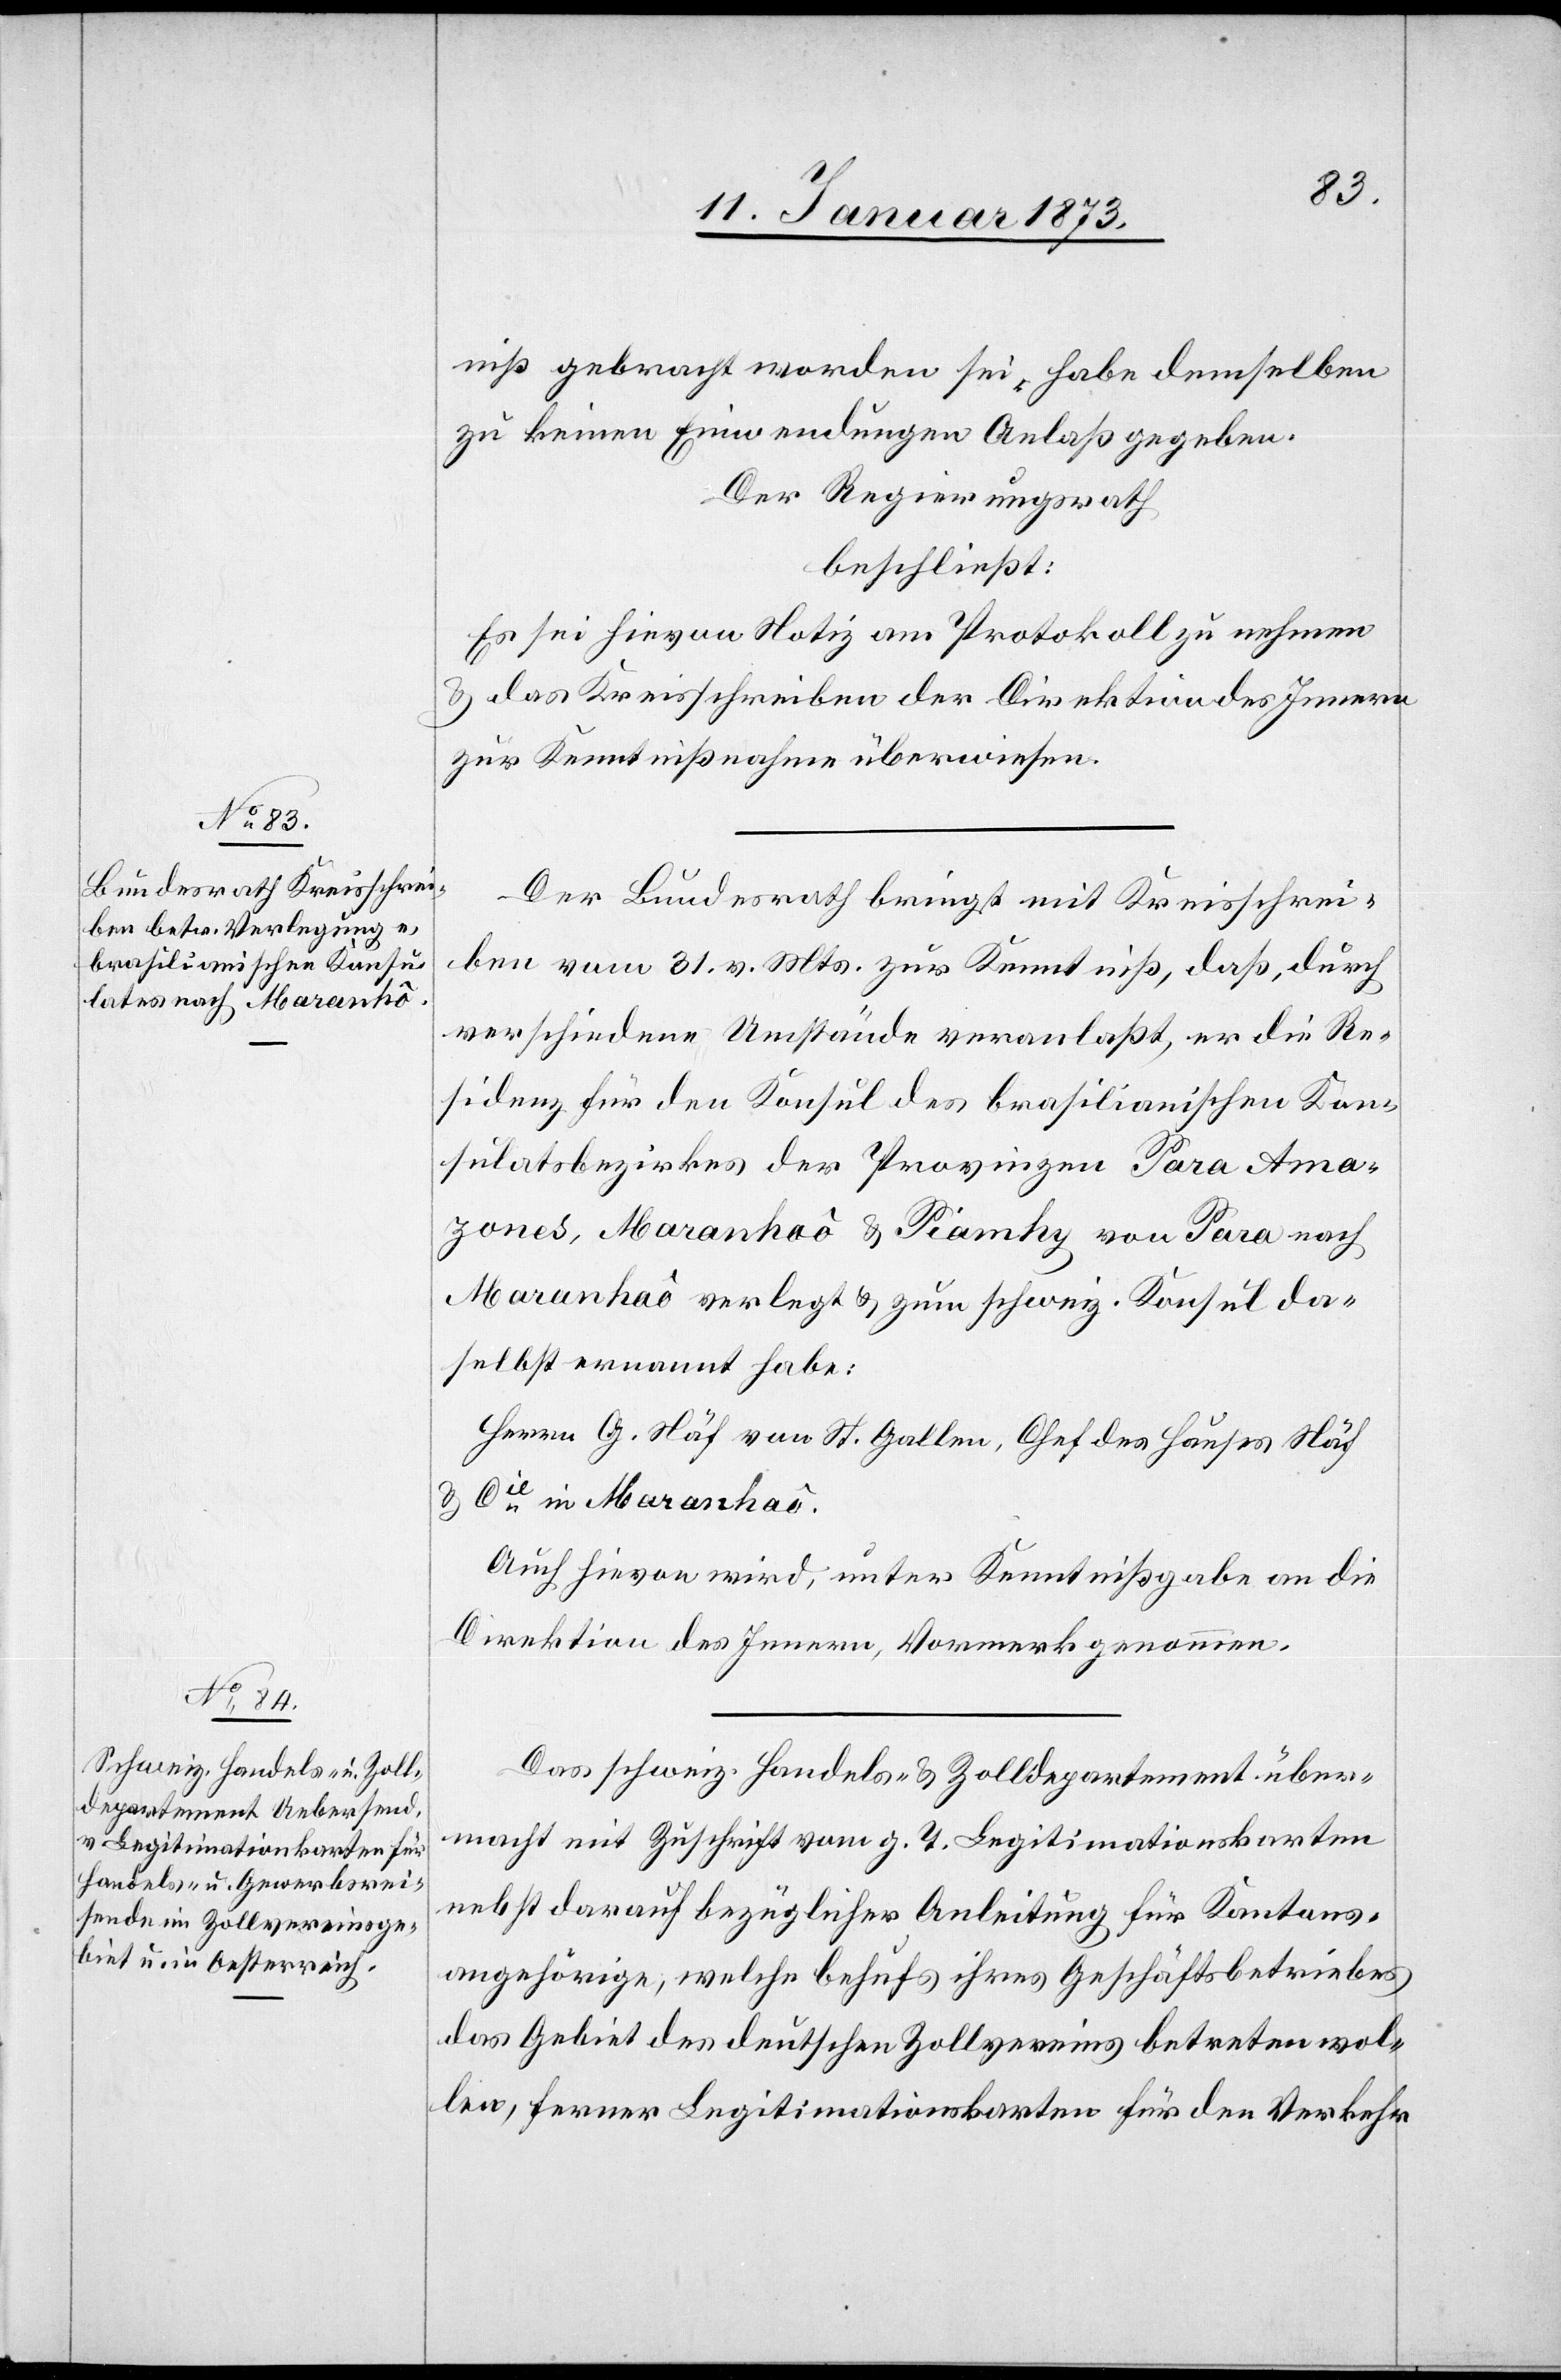
niß gebracht worden sei, habe denselben
zu keinen Einwendungen Anlaß gegeben.
Der Regierungsrath
beschließt:
Es sei hieran Notiz am Protokoll zu nehmen
& das Kreisschreiben der Direktion des Innern
zur Kenntnißnahme überwiesen.
Der Bundesrath bringt mit Kreisschrei¬
ben vom 31. v. Mts. zur Kenntniß, daß, durch
verschiedene Umstände veranlaßt, er die Re¬
sidenz für den Konsul des brasilianischen Kon¬
sulatsbezirkes der Provinzen Para Ama¬
zones, Maranhaõ & Piamhy von Para nach
Maranhaõ verlegt & zum schweiz. Konsul da¬
selbst ernannt habe:
Herrn G. Näf von St. Gallen, Chef des Hauses Näf
& Cie in Maranhaõ.
Auch hieran wird, unter Kenntnißgabe an die
Direktion des Innern, Vormerk genommen.
Das schweiz. Handels- & Zolldepartement über¬
macht mit Zuschrift vom g. T. Legitimationskarten
nebst darauf bezüglicher Anleitung für Kantons¬
angehörige, welche behufs ihres Geschäftsbetriebes
das Gebiet des deutschen Zollvereins betreten wol¬
len, ferner Legitimationskarten für den Verkehr